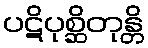
ပဋိပုစ္ဆိတုန္တိ